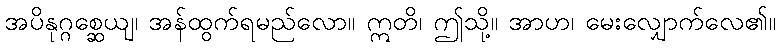
အပိနုဂ္ဂစ္ဆေယျ၊ အန်ထွက်ရမည်လော။ ဣတိ၊ ဤသို့။ အာဟ၊ မေးလျှောက်လေ၏။